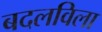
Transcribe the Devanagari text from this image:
बदलविला